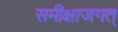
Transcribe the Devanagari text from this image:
समीक्षाजगत्